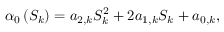
\displaystyle \alpha _ { 0 } \left( S _ { k } \right) = a _ { 2 , k } S _ { k } ^ { 2 } + 2 a _ { 1 , k } S _ { k } + a _ { 0 , k } ,